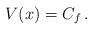
LaTeX: \begin{align*} V(x) = C_f \, .\end{align*}